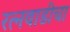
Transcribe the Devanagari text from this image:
रत्नवाडीचा